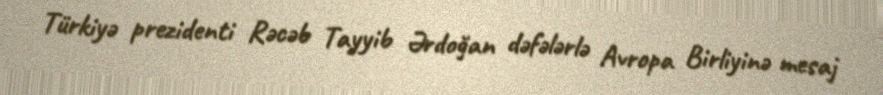
Türkiyə prezidenti Rəcəb Tayyib Ərdoğan dəfələrlə Avropa Birliyinə mesaj